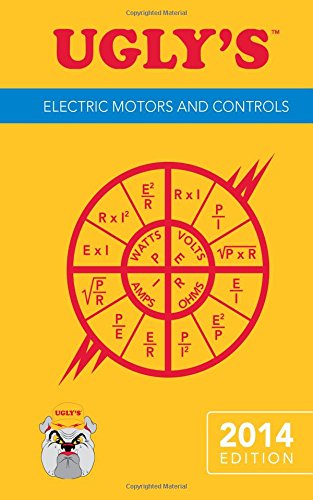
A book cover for Ugly's Electric Motors And Controls, 2014 Edition; Jones & Bartlett Learning; Engineering & Transportation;